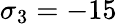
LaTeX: \sigma_{3}=-15